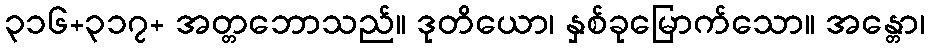
၃၁၆+၃၁၇+ အတ္တဘောသည်။ ဒုတိယော၊ နှစ်ခုမြောက်သော။ အန္တော၊